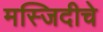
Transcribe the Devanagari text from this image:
मस्जिदीचे